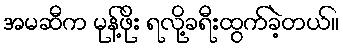
အမဆီက မုန့်ဖိုး ရလို့ခရီးထွက်ခဲ့တယ်။